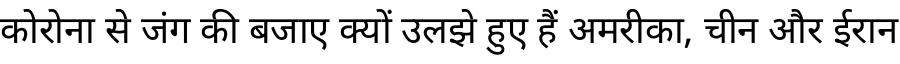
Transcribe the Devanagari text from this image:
कोरोना से जंग की बजाए क्यों उलझे हुए हैं अमरीका, चीन और ईरान